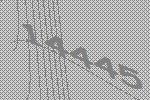
14445